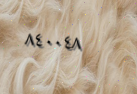
٨٤٠٠٤٨